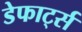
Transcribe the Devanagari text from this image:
डेफार्ट्स